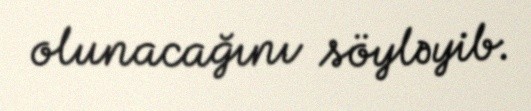
olunacağını söyləyib.